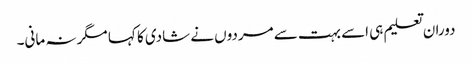
دوران تعلیم ہی اسے بہت سے مردوں نے شادی کا کہا مگر نہ مانی۔